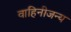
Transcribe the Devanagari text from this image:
वाहिनीजन्य